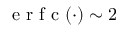
\mathrm { ~ e ~ r ~ f ~ c ~ } ( \cdot ) \sim 2